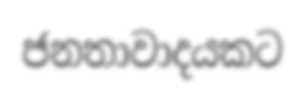
ජනතාවාදයකට